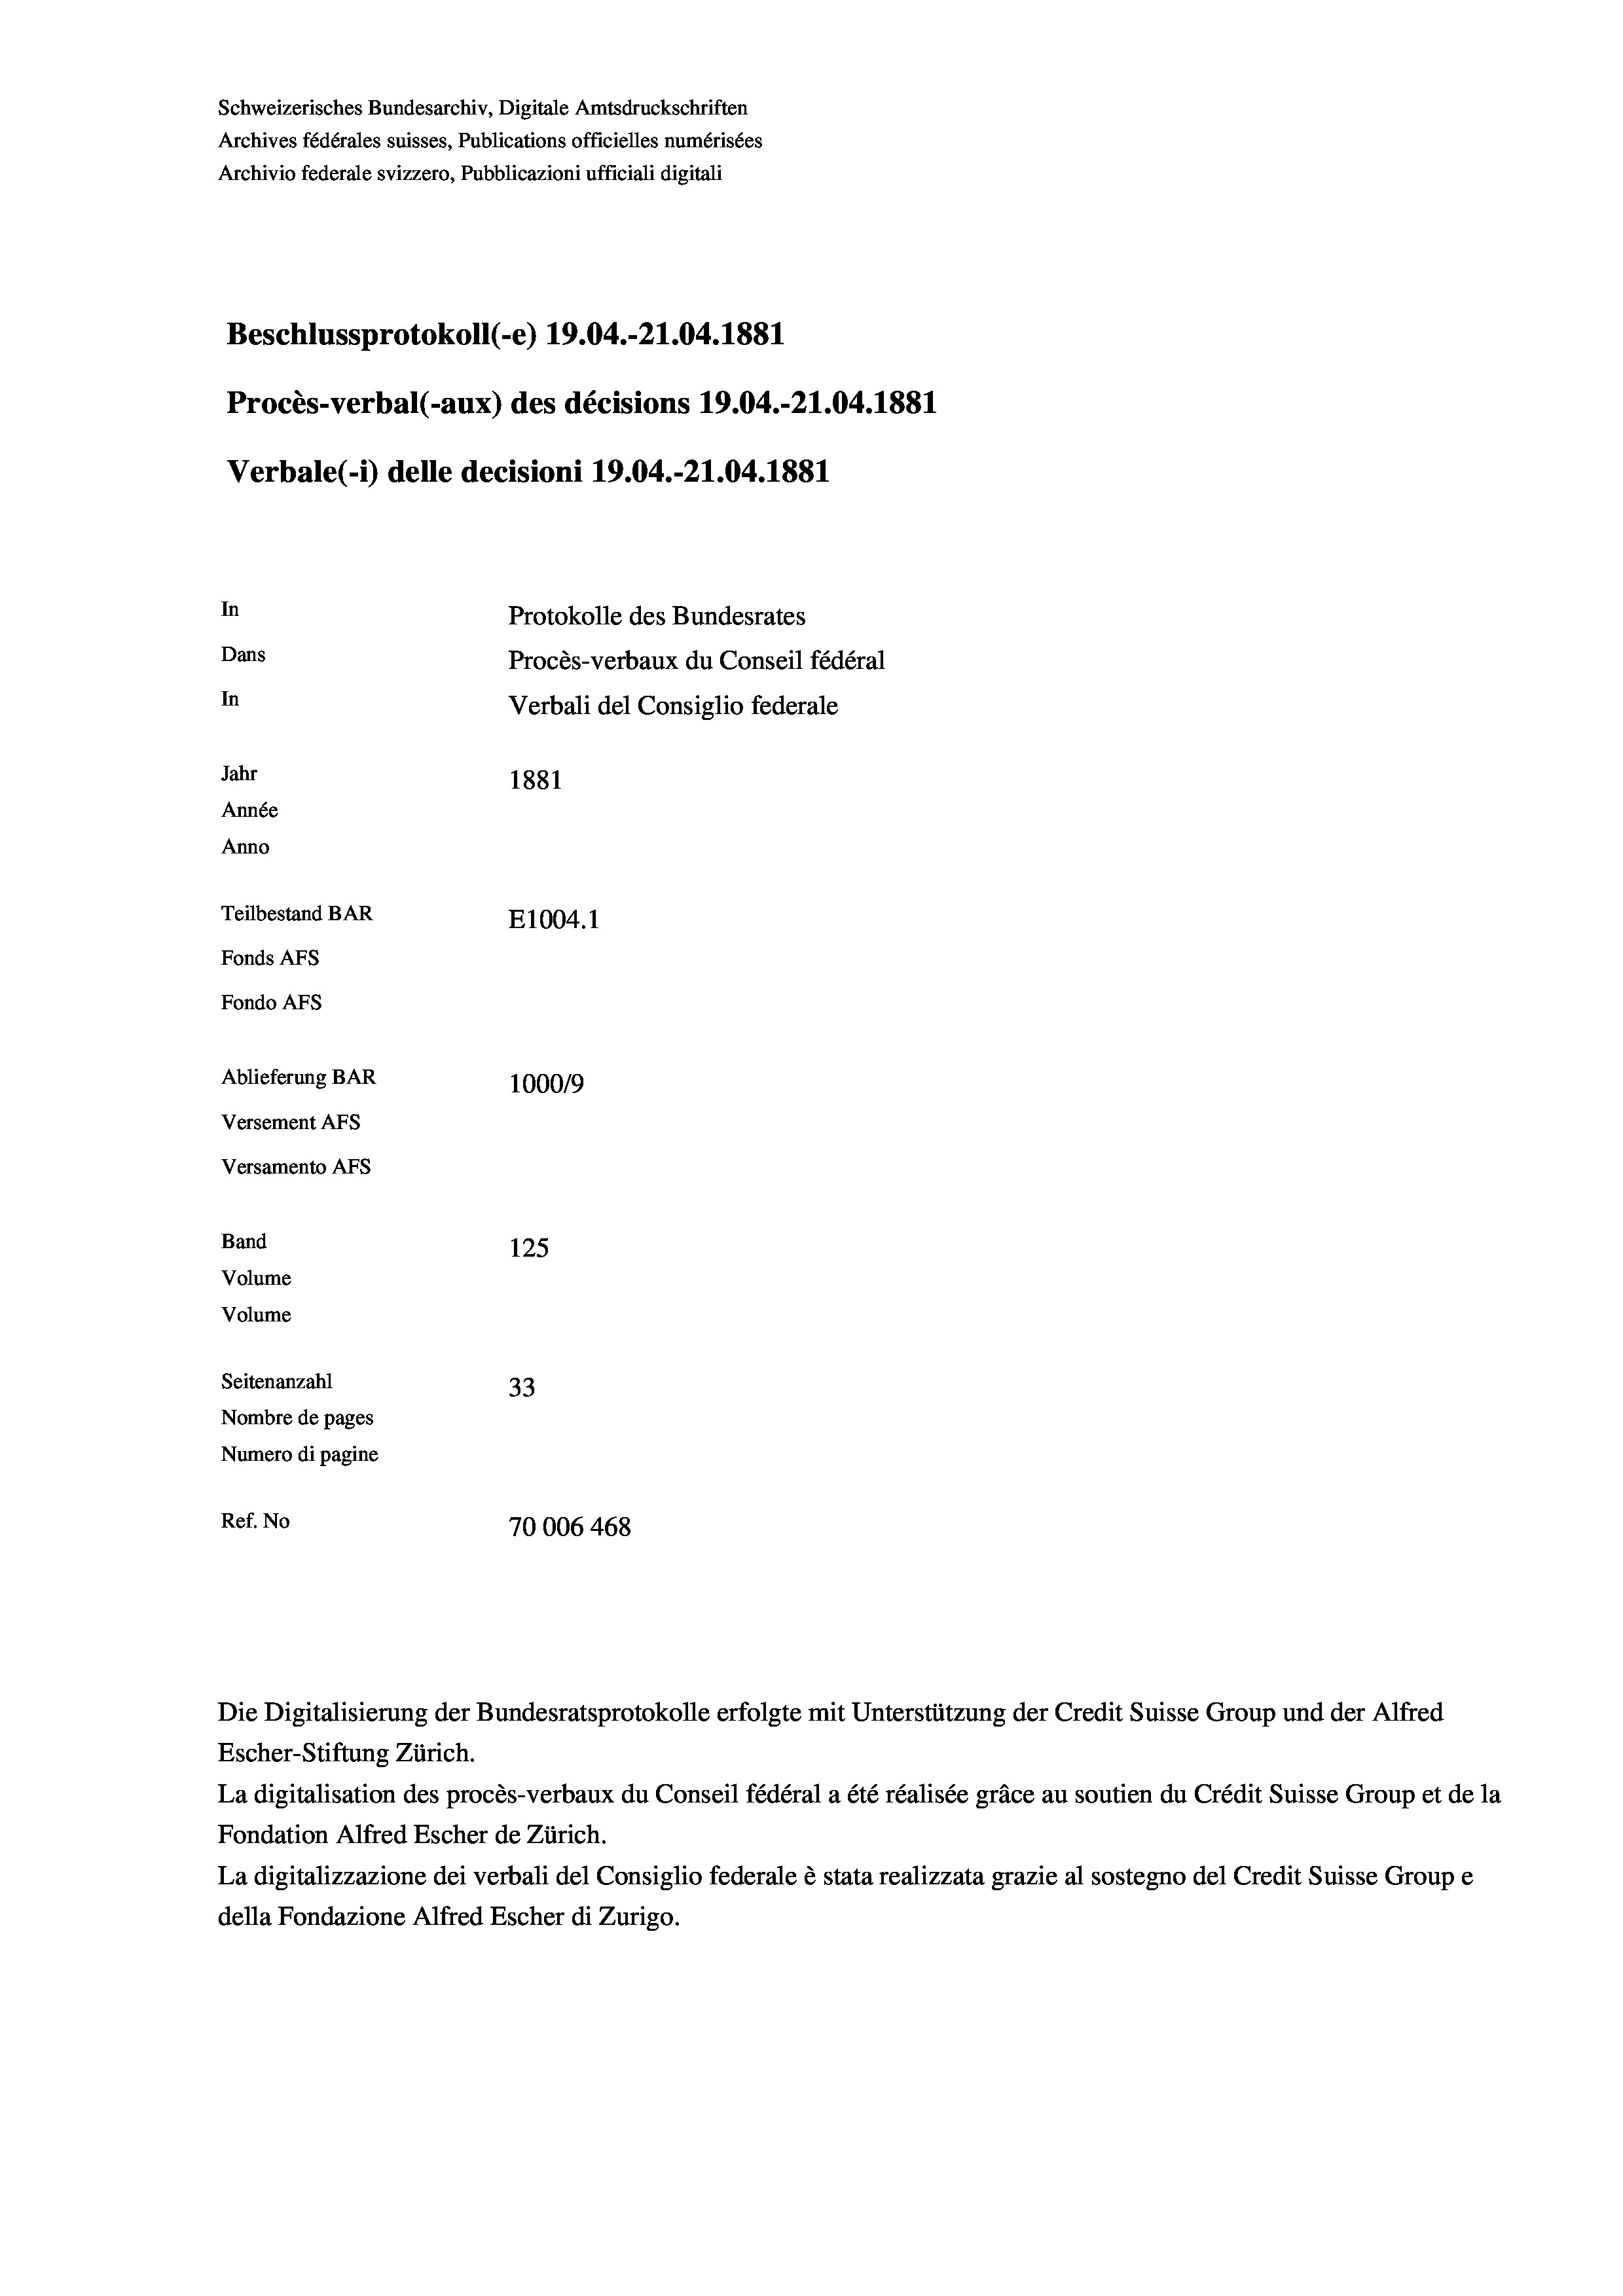
Schweizerisches Bundesarchiv, Digitale Amtsdruckschriften
Archives fédérales suisses, Publications officielles numérisées
Archivio federale svizzero, Pubblicazioni ufficiali digitali
Beschlussprotokoll (-e) 19.04.-21.04. 1881
Procès-verbal (-aux) des décisions 19.04.-21.04. 1881
In
Protokolle des Bundesrates
Dans
Procès-verbaux du Conseil fédéral
In
Jahr
1881
Année
Anno
Teilbestand BAR
E1004. 1
Fonds AFs
Fondo Afs
Ablieferung BAR
100019
Versement AFs
Versamento Afs
Band
125
Volume
Volume
Seitenanzahl
33
Nombre de pages
Numero di pagine
Ref. No
70006 468

Verbale (- 1) delle decisioni 19.04.-21.04. 1881

Verbali del Consiglio federale

Die Digitalisierung der Bundesratsprotokolle erfolgte mit Unterstützung der Credit Suisse Group und der Alfred
Escher-Stiftung Zürich.
La digitalisation des procès-verbaux du Conseil fédéral a été réalisée gräce au soutien du Crédit Suisse Group et de la
Fondation Alfred Escher de Zürich.
La digitalizzazione dei verbali del Consiglio federale è stata realizzata grazie al sostegno del Credit Suisse Groupe
della Fondazione Alfred Escher di Zurigo.